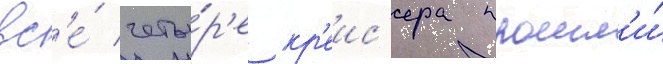
вс'е́ четы́р'е кр'еис'ера прошл'и́